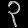
Digit: ၃